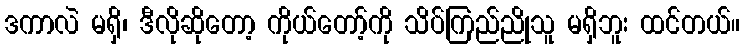
ဒကာလဲ မရှိ၊ ဒီလိုဆိုတော့ ကိုယ်တော့်ကို သိပ်ကြည်ညိုသူ မရှိဘူး ထင်တယ်။